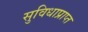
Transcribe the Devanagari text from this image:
सुविधाप्राप्त